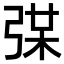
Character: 𢏼